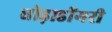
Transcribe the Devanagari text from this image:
घोड़ाडोंगरी